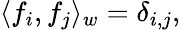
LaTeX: \langle f_{i},f_{j}\rangle_{w}=\delta_{i,j},